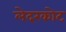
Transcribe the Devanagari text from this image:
लेदरकोट